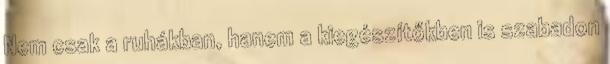
Nem csak a ruhákban, hanem a kiegészítőkben is szabadon